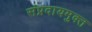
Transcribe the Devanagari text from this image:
संप्रदायमुक्त